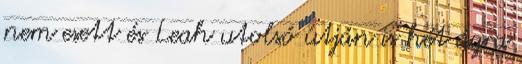
nem esett és Leah utolsó útján is hét ágra